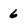
Character: 6